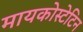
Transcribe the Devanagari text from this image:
मायकोस्टेटिन